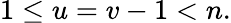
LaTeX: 1\le u=v-1<n.